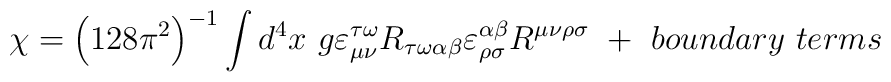
\chi = \left( 128 \pi^2 \right) ^{-1} \int d^4 x~g \varepsilon_{\mu\nu}^{\tau \omega} R_{\tau \omega \alpha \beta} \varepsilon_{\rho\sigma}^{\alpha \beta} R^{\mu \nu \rho \sigma}~+~boundary~terms